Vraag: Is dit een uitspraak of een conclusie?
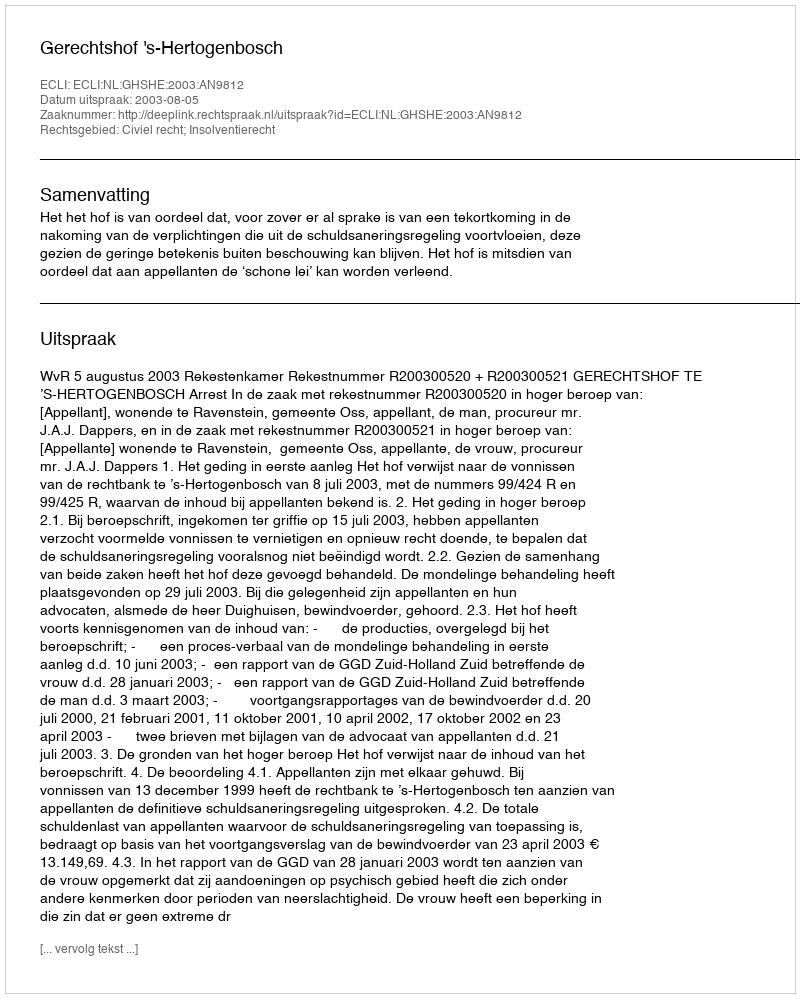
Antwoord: Uitspraak